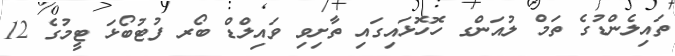
ތައިލެންޑުގެ ތަމް ލުއަންގ ހޮހޮޅައިގައި ތާށިވި ވައިލްޑް ބޯރ ފުޓުބޯޅަ ޓީމުގެ 12